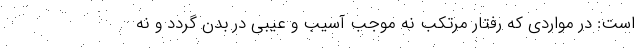
است: در مواردی که رفتار مرتکب نه موجب آسیب و عیبی در بدن گردد و نه